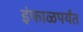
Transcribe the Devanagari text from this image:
इंफाळपर्यंत